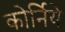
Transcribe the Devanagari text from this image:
कोर्निये